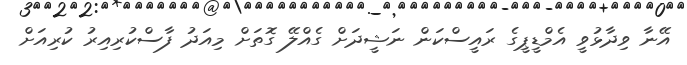
އޭނާ ވިދާޅުވީ އެމްޑީޕީގެ ރައީސްކަން ނަޝީދަށް ގެއްލޭ ގޮތަށް މިއަދު ފާސްކުރިއިރު ކުރިއަށް